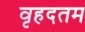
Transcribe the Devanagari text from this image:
वृहदतम